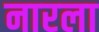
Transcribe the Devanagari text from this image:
नारला